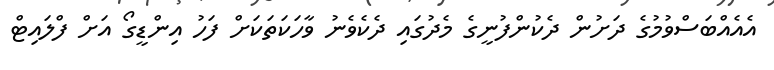
އެއެއްބަސްވުމުގެ ދަށުން ދެކުންފުނީގެ މެދުގައި ދެކެވެނު ވާހަކަތަކަށް ފަހު އިންޑީގޯ އަށް ފްލައިޓް